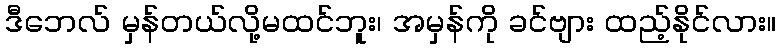
ဒီဘေလ် မှန်တယ်လို့မထင်ဘူး၊ အမှန်ကို ခင်ဗျား ထည့်နိုင်လား။